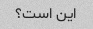
این است؟